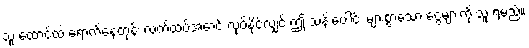
သူ ထောင်ထဲ ရောက်နေတုန်း လက်ထပ်အောင် လုပ်နိုင်လျှင် ဤ သန်းပေါင်း များစွာသော ငွေများကို သူ ရမည်။